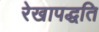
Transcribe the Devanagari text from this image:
रेखापद्धति